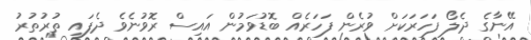
އޭނާގެ ދެލޯ ފަހަރަކަށް ވުރެން ފަހަރެއް ބޮޑުވަމުން އައިސް ރޮވުނެވެ ދެފައި ތުރުތުރު